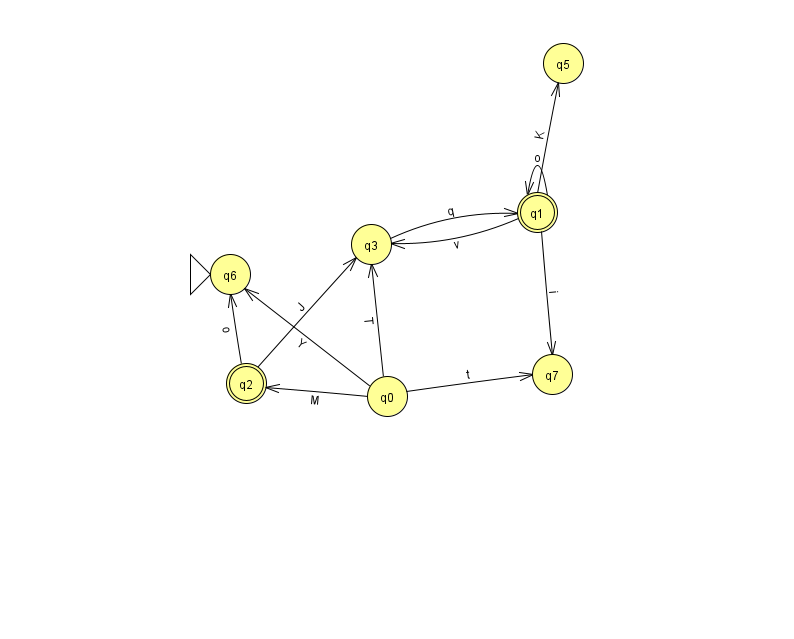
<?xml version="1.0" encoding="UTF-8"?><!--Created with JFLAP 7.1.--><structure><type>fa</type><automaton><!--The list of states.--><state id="0" name="q0"><x>387.0</x><y>383.0</y></state><state id="1" name="q1"><x>537.0</x><y>199.0</y><final/></state><state id="2" name="q2"><x>246.0</x><y>370.0</y><final/></state><state id="3" name="q3"><x>371.0</x><y>231.0</y></state><state id="5" name="q5"><x>563.0</x><y>50.0</y></state><state id="6" name="q6"><x>230.0</x><y>261.0</y><initial/></state><state id="7" name="q7"><x>552.0</x><y>361.0</y></state><!--The list of transitions.--><transition><from>0</from><to>2</to><read>M</read></transition><transition><from>1</from><to>3</to><read>v</read></transition><transition><from>1</from><to>7</to><read>i</read></transition><transition><from>3</from><to>1</to><read>q</read></transition><transition><from>0</from><to>7</to><read>t</read></transition><transition><from>2</from><to>6</to><read>o</read></transition><transition><from>1</from><to>5</to><read>K</read></transition><transition><from>2</from><to>3</to><read>J</read></transition><transition><from>0</from><to>3</to><read>T</read></transition><transition><from>0</from><to>6</to><read>Y</read></transition><transition><from>1</from><to>1</to><read>o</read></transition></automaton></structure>